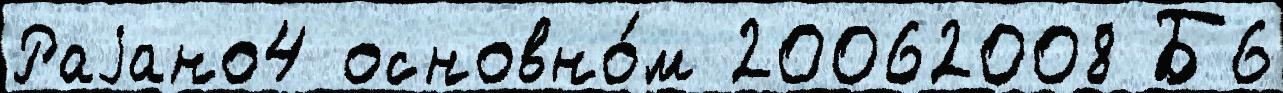
Раjано4 основно́м 20062008 Б6